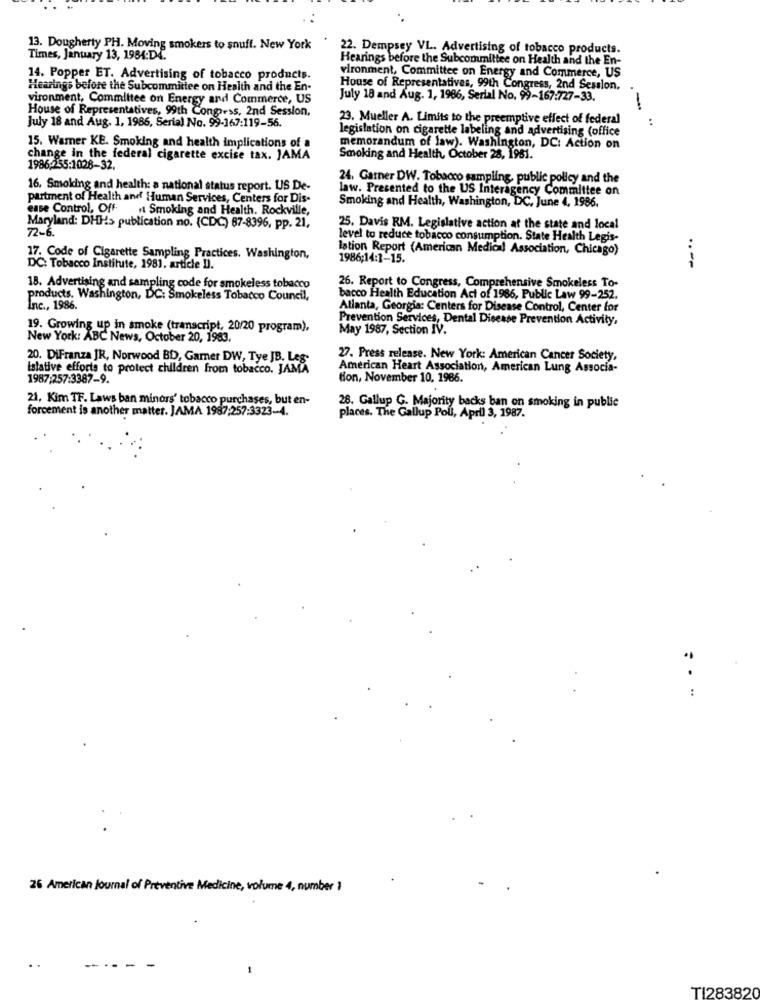
13. Dougherty PH. Moving smokers to snuff. New York
22. Dempsey VL. Advertising of tobacco products.
Times, January 13, 1984:D4.
Hearings before the Subcommittee on Health and the En-
14. Popper ET. Advertising of tobacco products.
vironment, Committee on Energy and Commerce, US
Hearings before the Subcommittee on Heaith and the En-
House of Representatives, 99th Congress, 2nd Session.
vironment, Committee on Energy and Commerce, US
July 18 and Aug. 1, 1986, Serial No. 99-167:727-33.
House of Representatives, 99th Congress, 2nd Session,
23. Mueller A. Limits to the preemptive effect of federal
:
July 18 and Aug. 1, 1986, Serial No. 99-167:119-56.
legislation on cigarette labeling and advertising (office
15. Warner KE. Smoking and health implications of a
memorandum of law). Washington, DC: Action on
change in the federal cigarette excise tax. JAMA
Smoking and Health, October 28, 1981.
1986:255:1028-32.
24. Garner DW. Tobacco sampling, public policy and the
16. Smoking and health: a national status report. US De-
law. Presented to the US Interagency Committee on
partment of Health and Human Services, Centers for Dis-
Smoking and Health, Washington, DC, June 4, 1986.
case Control, Off
. Smoking and Health. Rockville,
Maryland: DHHs publication no. (CDC) 87-8396, pp. 21,
72-6.
25. Davis RM. Legislative action at the state and local
level to reduce tobacco consumption. State Health Legis-
lation Report (American Medical Association, Chicago)
17. Code of Cigarette Sampling Practices. Washington,
1986;14:1-15.
DC: Tobacco Institute, 1981, article Il.
18. Advertising and sampling code for smokeless tobacco
26. Report to Congress, Comprehensive Smokeless To-
products. Washington, DC: Smokeless Tobacco Council,
bacco Health Education Act of 1986, Public Law 99-252.
Inc ., 1986.
Atlanta, Georgia: Centers for Disease Control, Center for
Prevention Services, Dental Disease Prevention Activity,
19. Growing up in smoke (transcript, 20/20 program),
May 1987, Section IV.
New York: ABC News, October 20, 1983.
20. DiFranza JR, Norwood BD, Gamer DW, Tye JB. Leg-
27. Press release. New York: American Cancer Society,
Islative efforts to protect children from tobacco. JAMA
American Heart Association, American Lung Associa-
1987:257:3387-9.
tion, November 10, 1986.
21. Kim TF. Laws ban minors' tobacco purchases, but en-
forcement is another matter. JAMA 1987:257:3323-4.
28. Gallup G. Majority backs ban on smoking in public
places. The Gallup Pou, April 3, 1987.
:
26 American Journal of Preventive Medicine, volume 4, number )
..
---- - -
TI283820